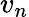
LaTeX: v_{n}